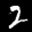
Label: 2